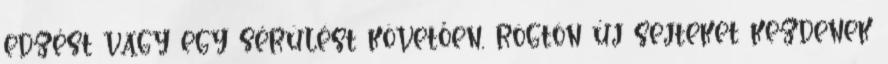
edzést vagy egy sérülést követően, rögtön új sejteket kezdenek